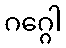
ဂဂ္ဂေါ